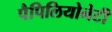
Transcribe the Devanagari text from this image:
पैपिलियोनेटी